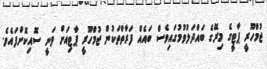
ޖުމްހޫރީ ޕާޓީގެ މިރޭގެ ބައްދަލުވުމުގައިވެސް ބައެއް ފަރާތްތަކުން ޖުމްހޫރީ ޕާޓިއަށް ވަނީ ސޮއިކޮށްފައެވެ.